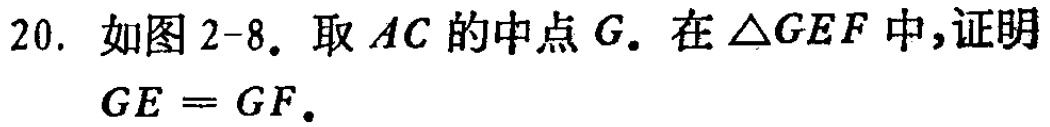
20. 如图2-8. 取 \(AC\) 的中点 \(G\). 在 \(\triangle GEF\) 中,证明
\(GE = GF\).